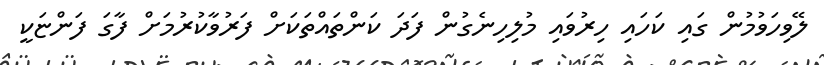
ލޭވިހަވުމުން ގައި ކަހައި ހިރުވައި މުލިހިނެގުން ފަދަ ކަންތައްތަކަށް ފަރުވާކުރުމަށް ފާގަ ފަންޏަކީ